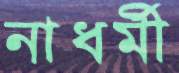
নাধর্মী